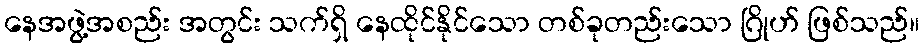
နေအဖွဲ့အစည်း အတွင်း သက်ရှိ နေထိုင်နိုင်သော တစ်ခုတည်းသော ဂြိုဟ် ဖြစ်သည်။